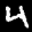
Label: 4